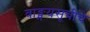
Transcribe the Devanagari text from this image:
वाङ्मयसूचीचे